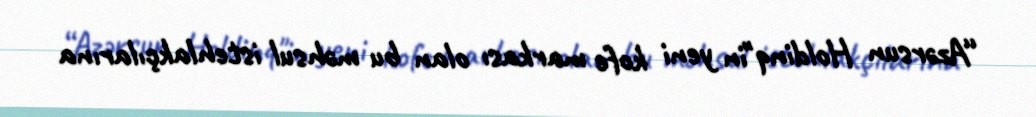
“Azərsun Holdinq"in yeni kofe markası olan bu məhsul istehlakçılarına